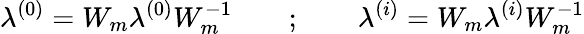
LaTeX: \lambda^{(0)}=W_{m}\lambda^{(0)}W_{m}^{-1}\quad\quad;\quad\quad\lambda^{(i)}=W_{m}\lambda^{(i)}W_{m}^{-1}